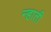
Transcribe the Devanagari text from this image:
न्हाती